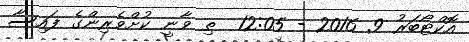
އޮކްޓޯބަރު 9